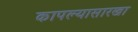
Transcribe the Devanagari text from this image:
कापल्यासारखा